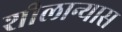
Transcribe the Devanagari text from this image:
शीलान्यास